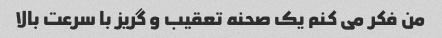
من فکر می کنم یک صحنه تعقیب و گریز با سرعت بالا